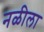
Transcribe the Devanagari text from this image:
नळीला